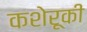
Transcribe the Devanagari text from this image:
कशेरूकी